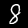
Digit: 8